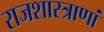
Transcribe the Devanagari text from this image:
राजशास्त्राणां